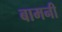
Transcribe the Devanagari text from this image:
बामनी